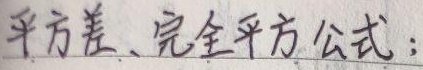
平方差、完全平方公式：